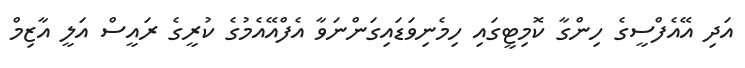
އަދި އޭއެފްސީގެ ހިންގާ ކޮމިޓީގައި ހިމެނިވަޑައިގަންނަވާ އެފްއޭއެމުގެ ކުރީގެ ރައީސް އަލީ އާޒިމް